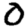
Digit: 0